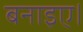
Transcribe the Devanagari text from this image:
बनाइए।